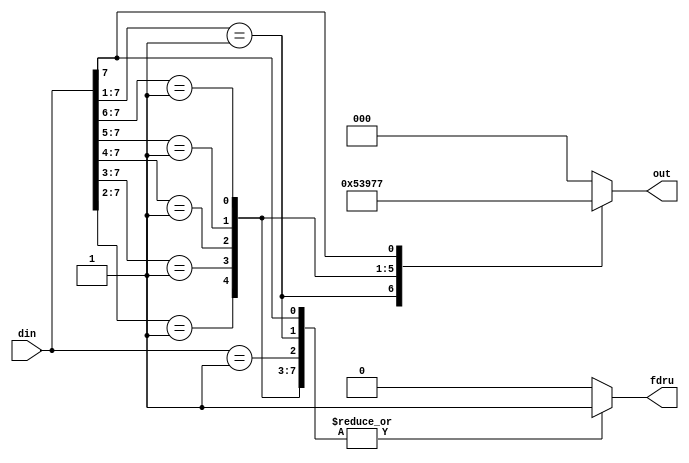
`timescale 1ns / 1ps
//////////////////////////////////////////////////////////////////////////////////
// Company: 
// Engineer: 
// 
// Design Name: 
// Module Name: priority_encoder
// Project Name: 
// Target Devices: 
// Tool Versions: 
// Description: 
// 
// Dependencies: 
// 
// Revision:
// Revision 0.01 - File Created
// Additional Comments:
// 
//////////////////////////////////////////////////////////////////////////////////


module priority_encoder(
    input [7:0] din,
    output reg [2:0] out,
    output reg  fdru  //False data rejection Unit
    );
    
    always@(*)
    begin
    casex(din)
    8'b00000001:
        begin
        out=3'b000;
        fdru=1'b1;
        end
    8'b0000001x:
        begin
        out=3'b001;
        fdru=1'b1;
        end
    8'b000001xx:
        begin
        out=3'b010;
        fdru=1'b1;
        end
    8'b00001xxx:
        begin
        out=3'b011;
        fdru=1'b1;
        end
   8'b0001xxxx:
        begin
        out=3'b100;
        fdru=1'b1;
        end
    8'b001xxxxx:
        begin
        out=3'b101;
        fdru=1'b1;
        end
    8'b01xxxxxx:
        begin
        out=3'b110;
        fdru=1'b1;
        end
    8'b1xxxxxxx:
        begin
        out=3'b111;
        fdru=1'b1;
        end
    default:
        begin
        out=3'b000;
        fdru=1'b0;
        end
    
    endcase
    end
    
    
endmodule